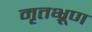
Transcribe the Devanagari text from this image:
मृतभ्रूण